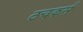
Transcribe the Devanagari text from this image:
टचकर्स